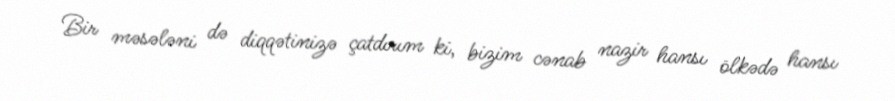
Bir məsələni də diqqətinizə çatdırım ki, bizim cənab nazir hansı ölkədə hansı